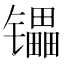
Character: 𰿄